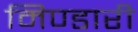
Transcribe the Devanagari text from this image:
मिण्डारी